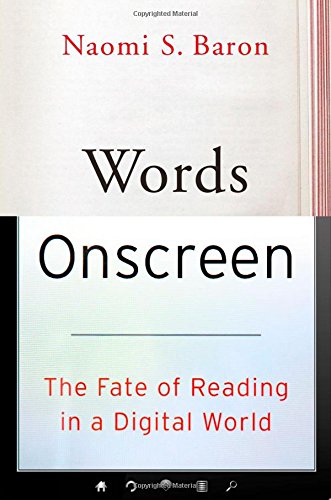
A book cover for Words Onscreen: The Fate of Reading in a Digital World; Naomi S. Baron; Literature & Fiction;